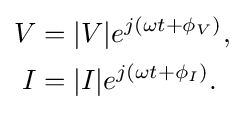
{\begin{aligned}V&=|V|e^{j(\omega t+\phi _{V})},\\I&=|I|e^{j(\omega t+\phi _{I})}.\end{aligned}}